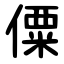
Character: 僳